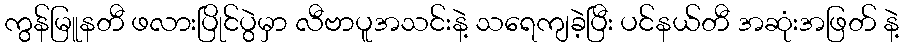
ကွန်မြူနတီ ဖလားပြိုင်ပွဲမှာ လီဗာပူအသင်းနဲ့ သရေကျခဲ့ပြီး ပင်နယ်တီ အဆုံးအဖြတ် နဲ့